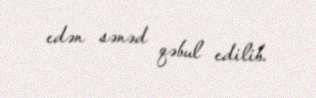
edən sənəd qəbul edilib.